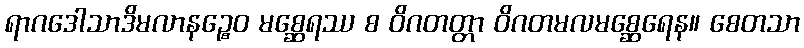
ရာဂဒေါသာဒိမလာနဉ္စေဝ မစ္ဆေရဿ စ ဝိဂတတ္တာ ဝိဂတမလမစ္ဆေရေန။ စေတသာ